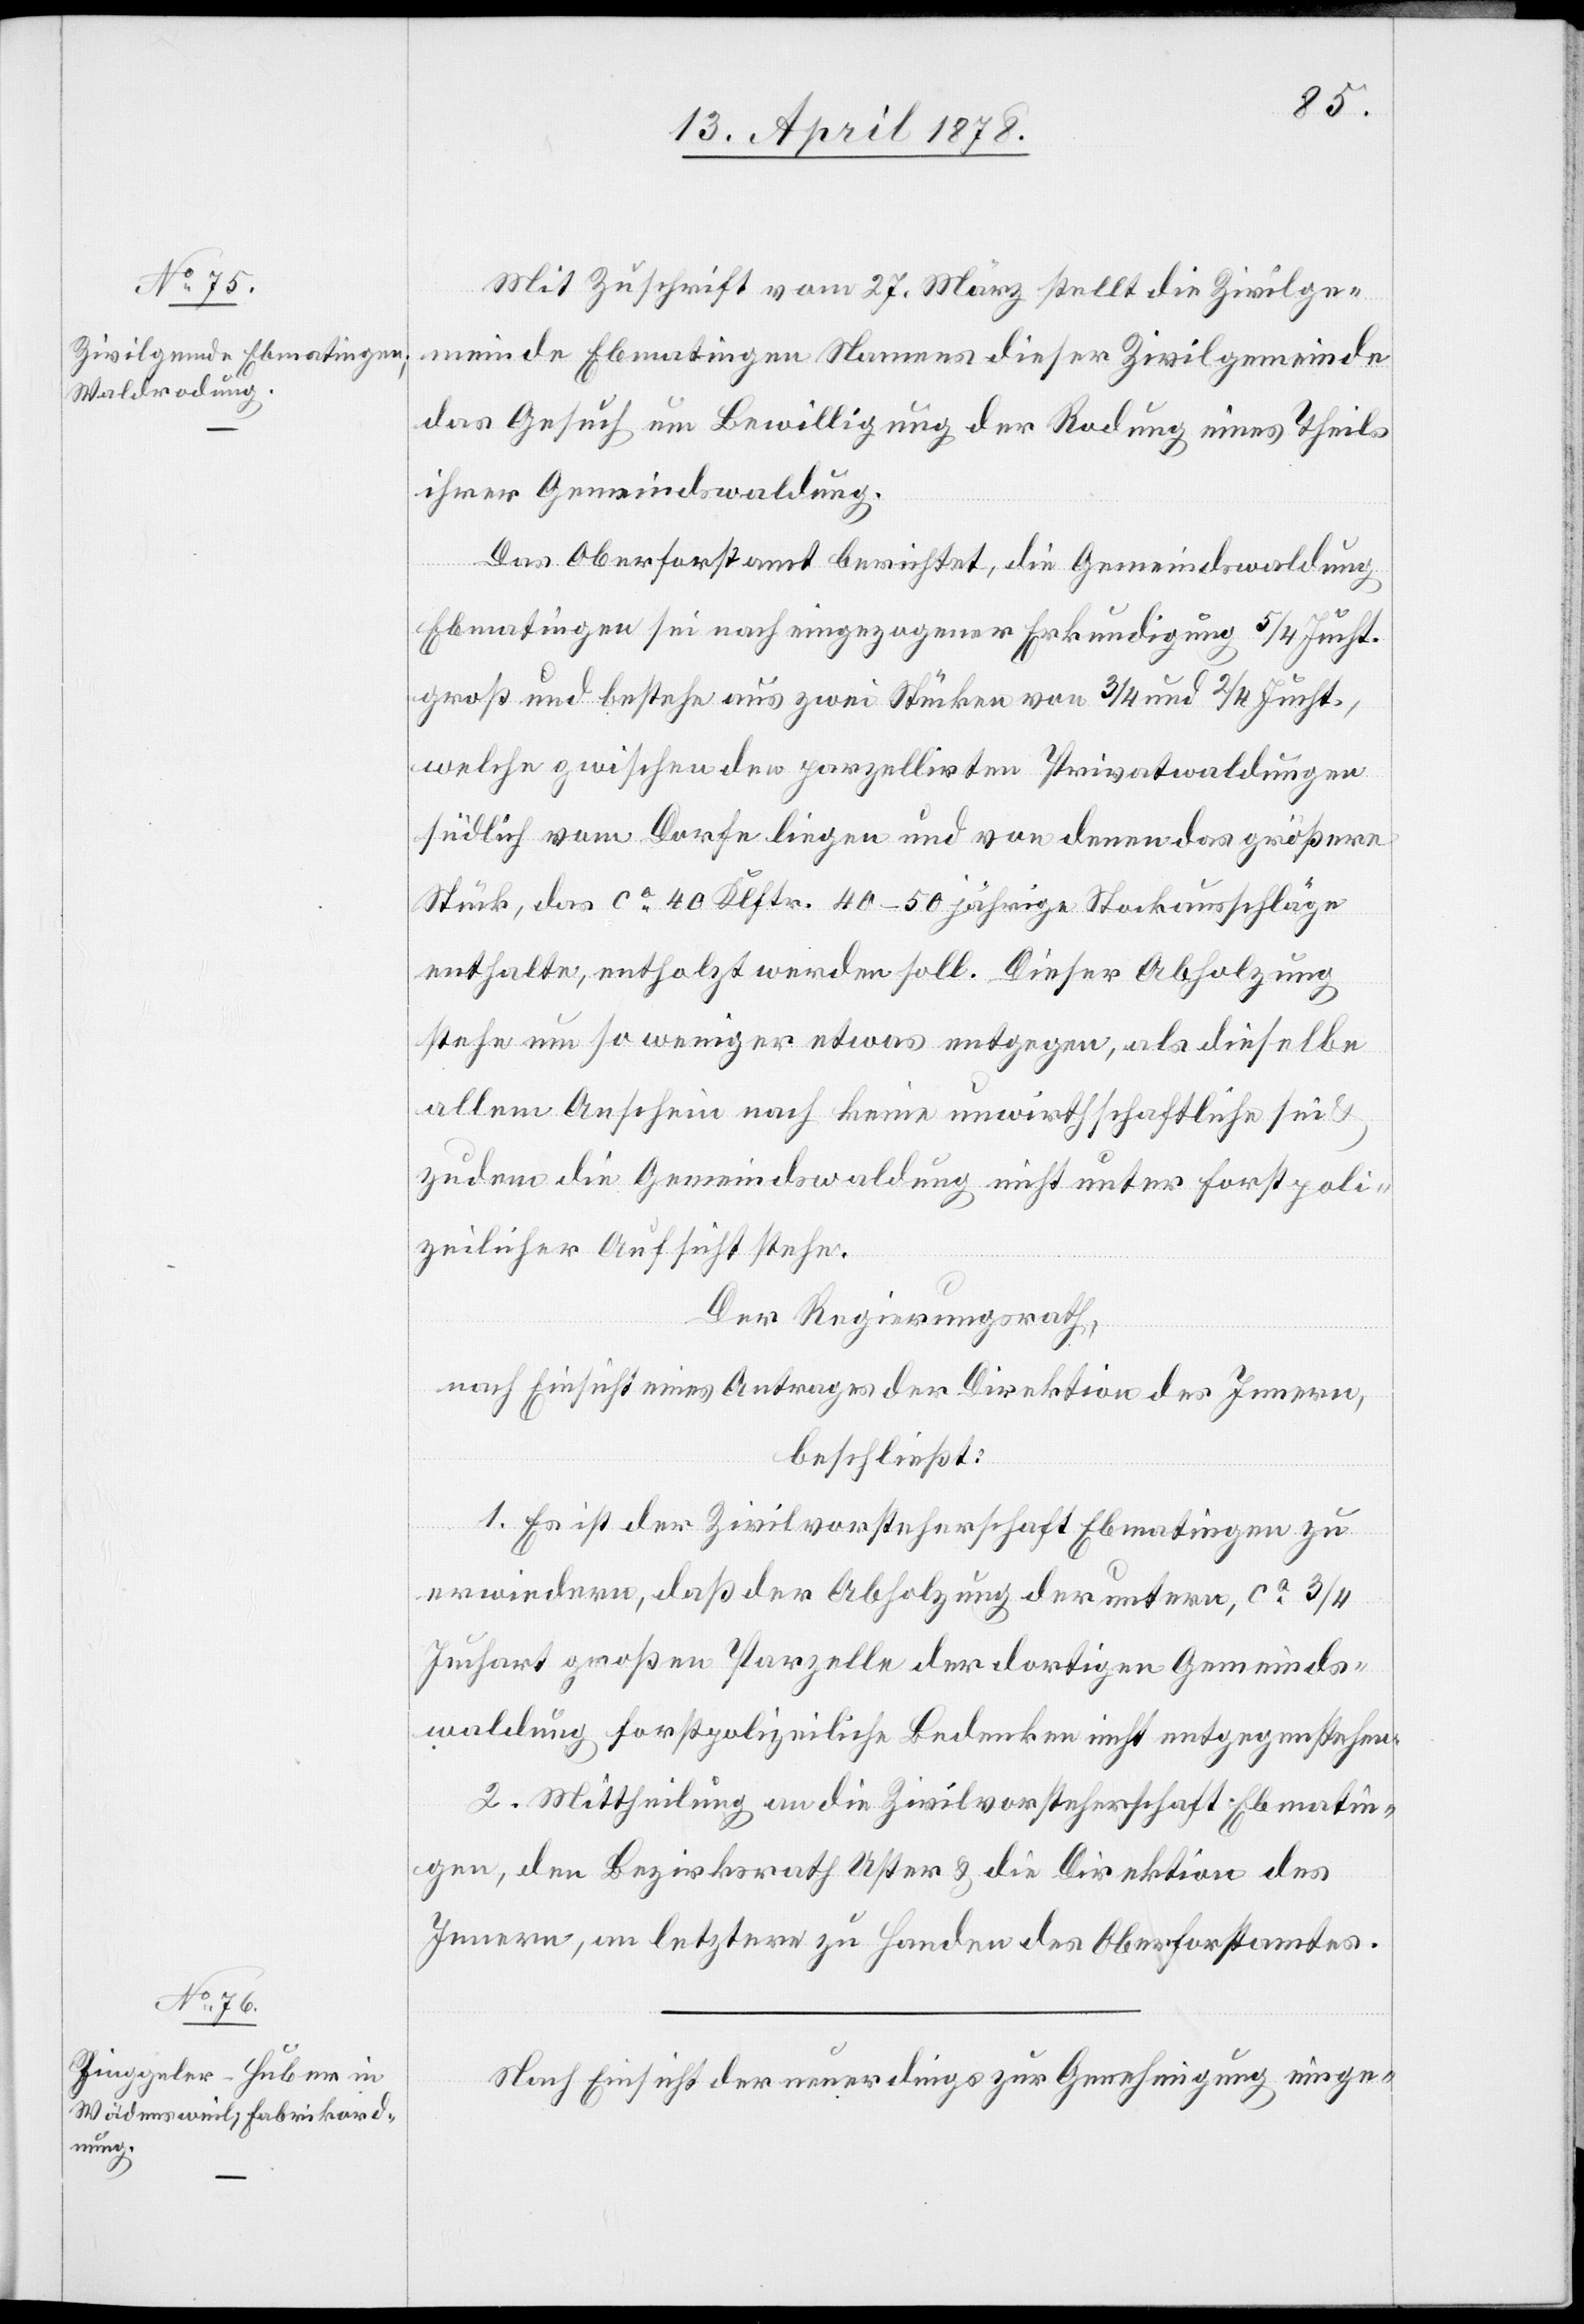
Mit Zuschrift vom 27. März stellt die Zivilge¬
meinde Ebmatingen Namens dieser Zivilgemeinde
das Gesuch um Bewilligung der Rodung eines Theils
ihrer Gemeindswaldung.
Das Oberforstamt berichtet, die Gemeindswaldung
Ebmatingen sei nach eingegangener Erkundigung 5/4 Jucht.
groß und bestehe aus zwei Stücken von 3/4 und 2/4 Jucht.,
welche zwischen den parzellirten Privatwaldungen
südlich vom Dorfe liegen und von denen das größere
Stück, das ca 40 Klftr. 40–50 jährige Stockausschläge
enthalte, entholzt werden soll. Dieser Abholzung
stehe um so weniger etwas entgegen, als dieselbe
allem Anschein nach keine unwirthschaftliche sei
zudem die Gemeindswaldung nicht unter forstpoli¬
zeilicher Aufsicht stehe.
Der Regierungsrath,
nach Einsicht eines Antrages der Direktion des Innern,
beschließt:
1. Es ist der Zivilvorsteherschaft Ebmatingen zu
erwiedern, daß der Abholzung der untern, ca 3/4
Juchart großen Parzelle der dortigen Gemeinds¬
waldung forstpolizeiliche Bedenken nicht entgegenstehen.
2. Mittheilung an die Zivilvorsteherschaft Ebmatin¬
gen, den Bezirksrath Uster & die Direktion des
Innern, an letztere zu Handen des Oberforstamtes.
Nach Einsicht der neuerdings zur Genehmigung einge-